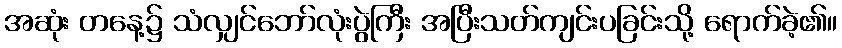
အဆုံး တနေ့၌ သံလျှင်ဘော်လုံးပွဲကြီး အပြီးသတ်ကျင်းပခြင်းသို့ ရောက်ခဲ့၏။